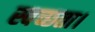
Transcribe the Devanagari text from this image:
स्वच्छता।